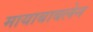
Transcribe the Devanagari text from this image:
मायाबाबलेन